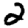
Digit: 2